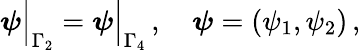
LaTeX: \boldsymbol{\psi}\Big|_{\Gamma_{2}}=\boldsymbol{\psi}\Big|_{\Gamma_{4}}\, ,\quad\boldsymbol{\psi}=(\psi_{1},\psi_{2})\, ,